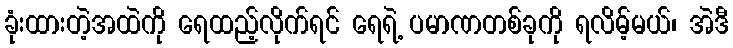
ခုံးထားတဲ့အထဲကို ရေထည့်လိုက်ရင် ရေရဲ့ ပမာဏတစ်ခုကို ရလိမ့်မယ်၊ အဲဒီ